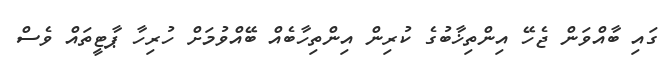
ގައި ބާއްވަން ޖެހޭ އިންތިޚާބުގެ ކުރިން އިންތިހާބެއް ބޭއްވުމަށް ހުރިހާ ޕާޓީތައް ވެސް